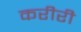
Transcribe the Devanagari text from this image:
करीरी